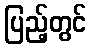
ပြည့်တွင်